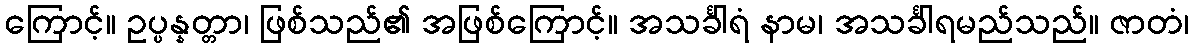
ကြောင့်။ ဥပ္ပန္နတ္တာ၊ ဖြစ်သည်၏ အဖြစ်ကြောင့်။ အသင်္ခါရံ နာမ၊ အသင်္ခါရမည်သည်။ ဇာတံ၊